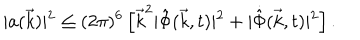
\vert a ( \vec { k } ) \vert ^ { 2 } \leq ( 2 \pi ) ^ { 6 } \left[ { \vec { k } } ^ { 2 } \vert { \hat { \Phi } } ( \vec { k } , t ) \vert ^ { 2 } + \vert { \dot { \hat { \Phi } } } ( \vec { k } , t ) \vert ^ { 2 } \right] .